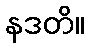
နဒတိ။